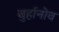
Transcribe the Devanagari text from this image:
बुर्हानोव